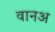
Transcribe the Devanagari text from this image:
वानअ